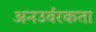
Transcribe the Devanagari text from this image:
अनउर्वरकता